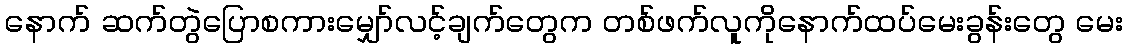
နောက် ဆက်တွဲပြောစကားမျှော်လင့်ချက်တွေက တစ်ဖက်လူကိုနောက်ထပ်မေးခွန်းတွေ မေး